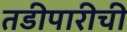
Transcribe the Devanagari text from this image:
तडीपारीची